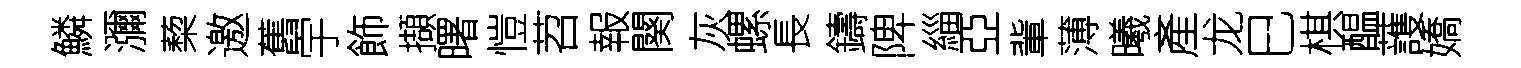
鱗瀰蔾邀舊宇飾擷曙愷苕報闋灰螺長鑄陴緇亞軰薄曦產龙巳棋醖䕶嬌